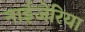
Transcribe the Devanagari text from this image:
नाईजेरिया